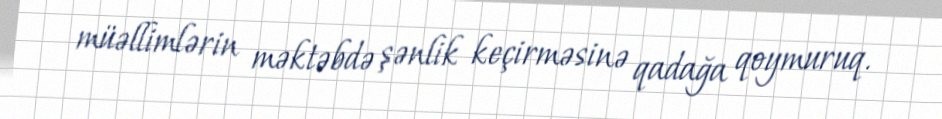
müəllimlərin məktəbdə şənlik keçirməsinə qadağa qoymuruq.